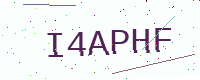
Text: I4APHF